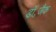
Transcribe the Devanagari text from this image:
डॉ॰जैक